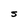
Character: S